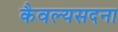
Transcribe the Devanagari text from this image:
कैवल्यसदना